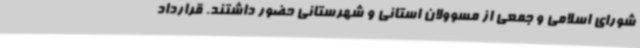
شورای اسلامی و جمعی از مسوولان استانی و شهرستانی حضور داشتند. قرارداد